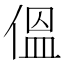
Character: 𪝑